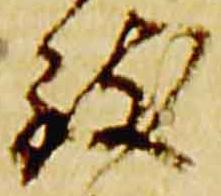
致